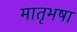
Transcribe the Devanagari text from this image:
मातृभषा